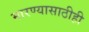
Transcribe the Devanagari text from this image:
मारण्यासाठीही